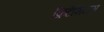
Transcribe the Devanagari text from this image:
क्रिटैशियस